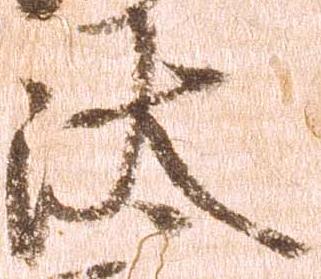
汰